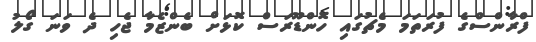
ފްރާންސްގެ ފުރަތަމަ މެޗުގައި ހޮންޑޫރަސް ކޮޅަށް ބެންޒެމާ ޖެހި ދެ ވަނަ ގޯލު